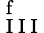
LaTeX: _\mathrm{~I~I~I~}^{\mathrm{~f~}}